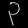
Digit: ၃